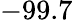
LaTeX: -99.7